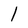
Character: 1